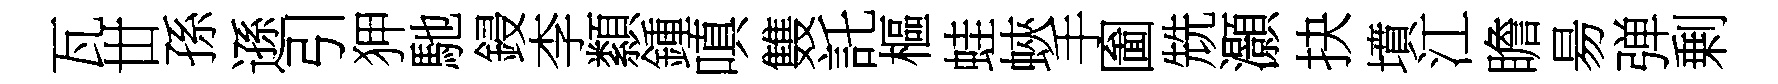
瓦丗孫遜引狎馳鋟李纇鍾嗔䨇託樞蛙蛺手圗兟灝抉墳江瞻昜弹剰